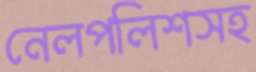
নেলপলিশসহ